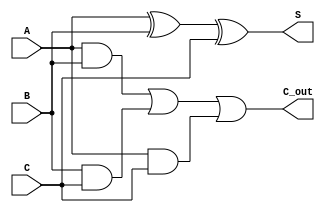
module CarrySaveAdder (
    input [N-1:0] A,
    input [N-1:0] B,
    input [N-1:0] C,
    output [N-1:0] S,
    output [N-1:0] C_out
);
    parameter N = 8;  // Width of the inputs and outputs

    assign S = A ^ B ^ C;                             // Sum output: S = A  B  C
    assign C_out = (A & B) | (B & C) | (A & C);      // Carry output: C = (A & B) | (B & C) | (A & C)

endmodule